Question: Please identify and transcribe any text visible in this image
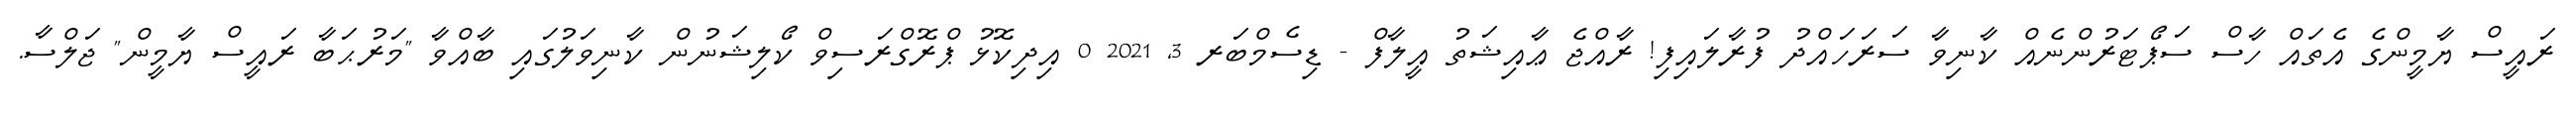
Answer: ރައީސް ޔާމީންގެ އެތައް ހާސް ސަޕޯޓަރުންނެއް ކާނިވާ ސަރަހައްދު ފުރާލައިފި! ރާއްޖެ ޢާއިޝަތު އީލާފް - ޑިސެމްބަރ 3, 2021 0 އިދިކޮޅު ޕްރޮގްރަސިވް ކޯލިޝަނުން ކާނިވަލުގައި ބާއްވާ "މަރުޙަބާ ރައީސް ޔާމީން" ޖަލްސާ.